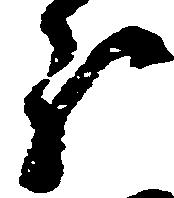
ほ